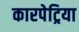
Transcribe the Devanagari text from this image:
कारपेट्रिया